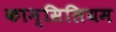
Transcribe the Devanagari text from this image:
कान्सिलियम